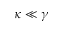
\kappa \ll \gamma